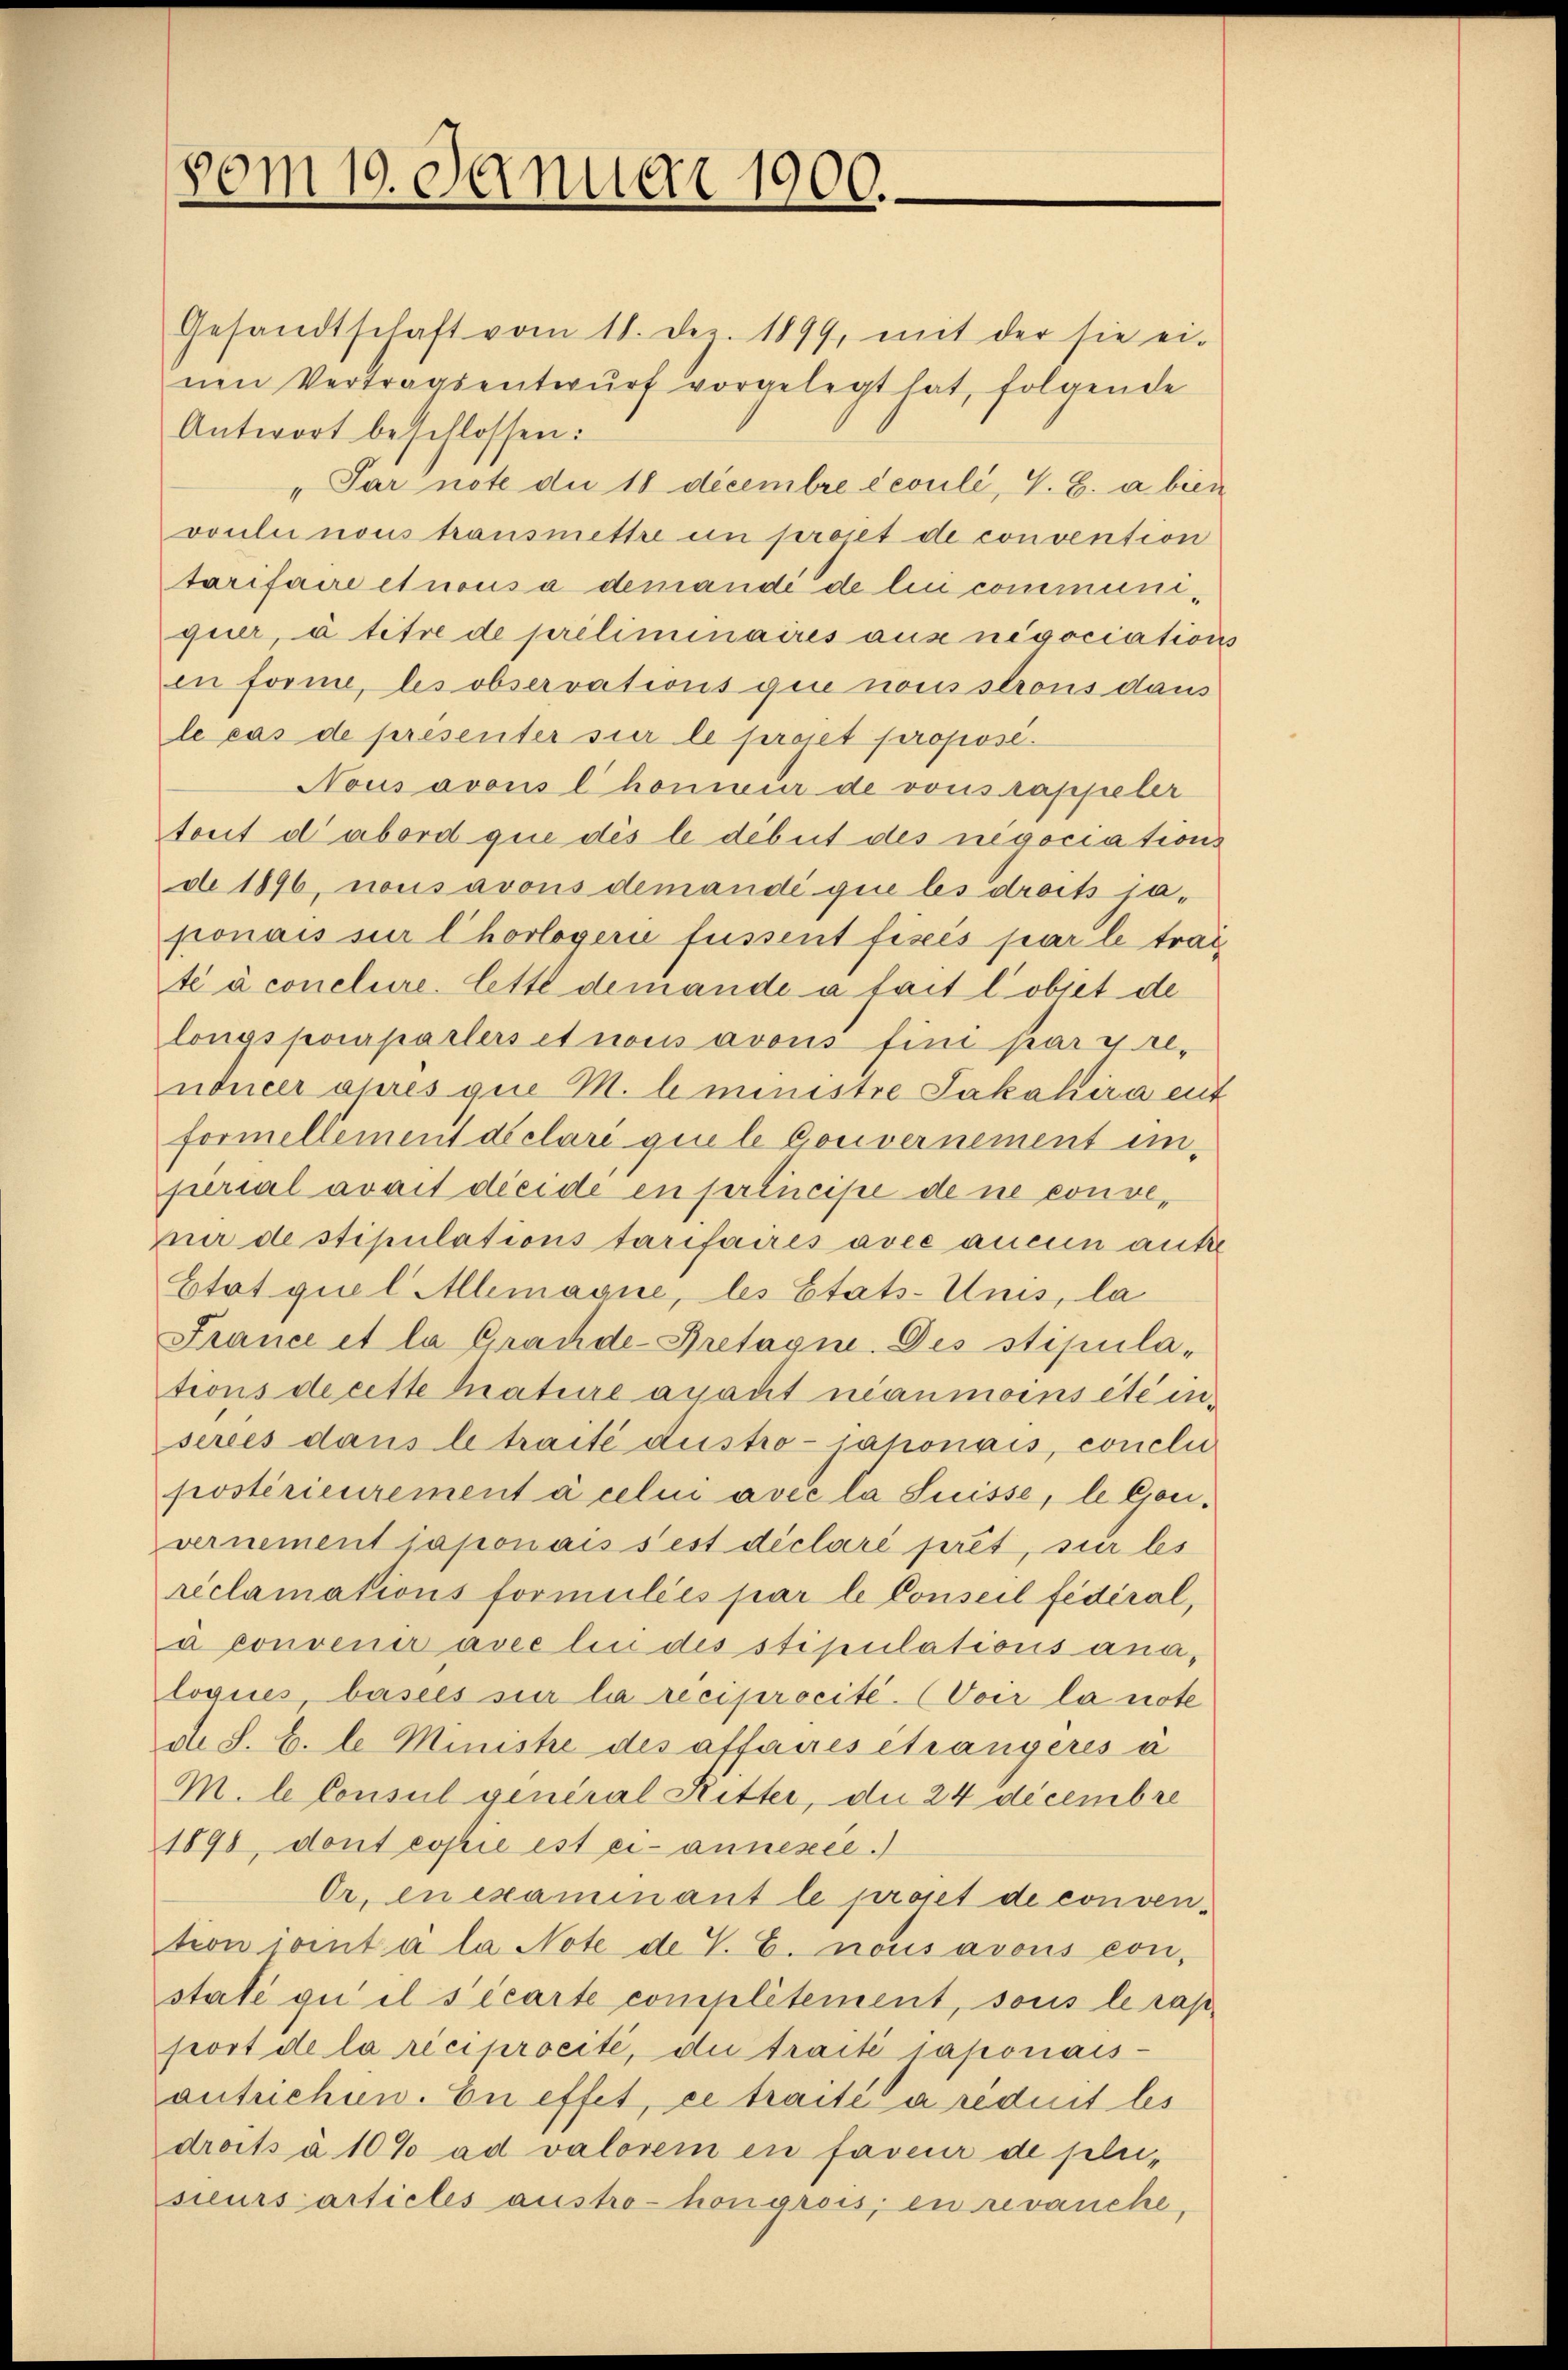
vom 19. Januar 1900.

Gesandtschaft vom 11. Dez. 1899, mit der sie ei-
nen Vertragsentwŭrf vorgelegt hat, folgende
Antwort beschlossen:
" Par note die 18 decembre écouli, V. B. a bien
voulii nous transmettre in projet de convention
tarifaire et nousa demandi de lui communiquer, à titre de preliminaires aus negociation
in forme, les observations qui nous strons dans
le cas de presenter sie le projet propose.
Nous avous l. honieur de vous rappeler
tout d’abord que dès le début des negociations
de 1896, nous avous demandé que les droits japonais sur Chorlogerie fussent fixés par le trag
té à conclure. Cette demande a fait l’objet de
lonas porparlers et nous avous fini par pre-
nducer eures quie M. l ministre Jakahira ent
formellement déclare que le Gouvernement einperial avait dreide en principe de ne conveni de stipulations tarifaires avec aucun aufre
Etat quel Allemague, les Etats-Unis, la
France et la Prachde-Bretagin. Des stipula-
tions de cette Mature avant néanmoins été insercés dans le traité dustro-jahonais, conclu
postérieurement à celui avec la Suisse, le Gouvernement japonais sest déclaré pret, sur les
reclamations formiiliés par le Conseil fédéral,
à convenir avec lin des stipulations ana-
logices, basels sur la réciprocite. (Voir la note
d. S. B. l Ministre des affaires étrangeres à
M. le Consul general Ritter, die 24 decembre
1890, dont copie est ci-annexée.)
Or. enexaminant le proset de convention ioint à la Note de V. B. nous avous con
state gu il s’écarte complétement, sous le rap
port de la réciprocité, die traité saponais-
antrichen. En effet, ce traité à réduit les
droits à 10% ad valoren en faveur de pleisieurs articles austre-hon gross, en revanche,